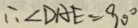
\therefore \angle D A E = 9 0 ^ { \circ }